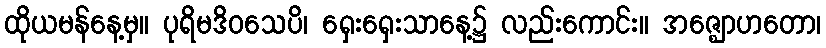
ထိုယမန်နေ့မှ။ ပုရိမဒိဝသေပိ၊ ရှေးရှေးသာနေ့၌ လည်းကောင်း။ အဇ္ဈောဟတော၊